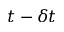
t - \delta t